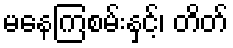
မနေကြစမ်းနှင့်၊ တိတ်